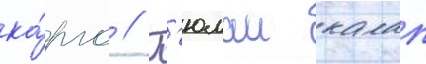
ка́рго // Г'юлаи калап